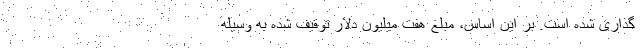
گذاری شده است. بر این اساس، مبلغ هفت میلیون دلار توقیف شده به وسیله